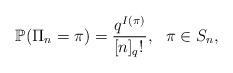
LaTeX: \begin{align*}{\mathbb P}(\Pi_n=\pi)= \frac{q^{I(\pi)}}{[n]_q!\,}, ~~\pi\in S_n,\end{align*}